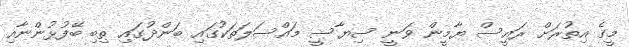
މީގެ އިތުރަށް ރައީސް ޔާމީން ވަނީ ސިޔާސީ މައްސަލަތަކުގައި ބަންދުގައި ތިބި ބޭފުޅުންނާއި